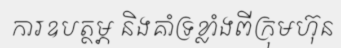
ការឧបត្ថម្ភ និងគាំទ្រខ្លាំងពីក្រុមហ៊ុន